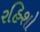
રહિશો